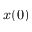
x ( 0 )